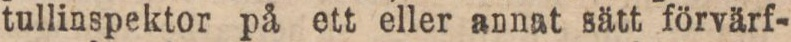
tullinspektor på ett eller annat sätt förvärf-